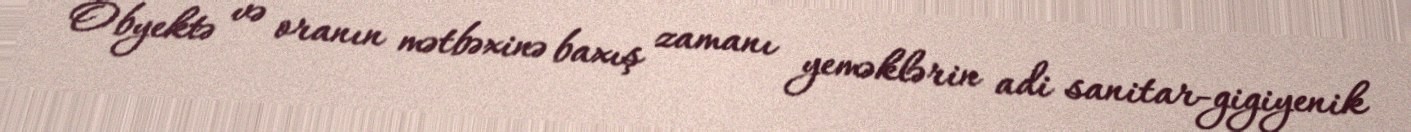
Obyektə və oranın mətbəxinə baxış zamanı yeməklərin adi sanitar-gigiyenik